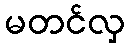
မတင်လှ